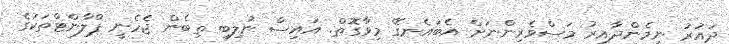
ދައުރު ނިމެންދާއިރު މަސްވެރިންނަށް އެބައެނގޭ މިވާގޮތް. އައިސް ނުލިބި ތިބެން ޖެހެނީ ޕްލާންޓްތަކުގެ